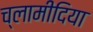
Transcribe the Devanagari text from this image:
च्‍लामीदिया